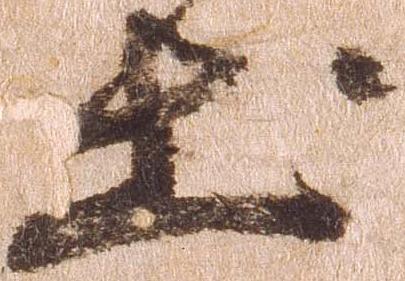
出